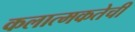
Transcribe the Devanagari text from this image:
कलात्मकतेची